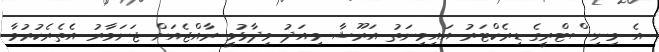
އެ މިނިސްޓްރީގެ ޑިރެކްޓަރު އައިމިނަތު އަރޫޝާ މިއަދު ވިދާޅުވީ ރާއްޖެއަށް ޖަނަވާރު އެތެރެކުރުމާ